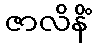
ဇာလိနိံ